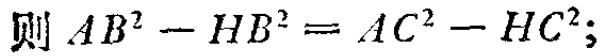
则 \(AB^{2}-HB^{2}=AC^{2}-HC^{2}\);